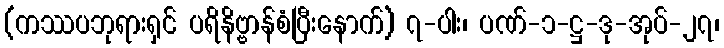
(ကဿပဘုရားရှင် ပရိနိဗ္ဗာန်စံပြီးနောက်) ၇-ပါး၊ ပဏ်-၁-ဋ္ဌ-ဒု-အုပ်-၂၇၊